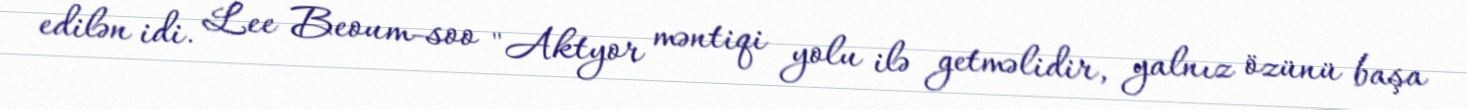
edilən idi. Lee Beoum-soo "Aktyor məntiqi yolu ilə getməlidir, yalnız özünü başa